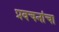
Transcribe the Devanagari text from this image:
प्रवचनांचा